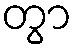
တွာ